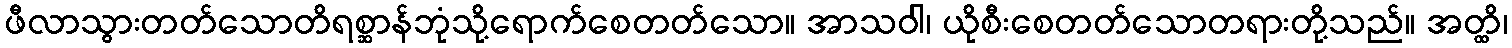
ဖီလာသွားတတ်သောတိရစ္ဆာန်ဘုံသို့ရောက်စေတတ်သော။ အာသဝါ၊ ယိုစီးစေတတ်သောတရားတို့သည်။ အတ္ထိ၊